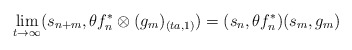
\begin{align*}\lim_{t \rightarrow \infty }(s_{n + m},\theta f_{n}^{\ast }\otimes (g_{m})_{(ta,1)}) =(s_{n},\theta f_{n}^{\ast })(s_{m},g_{m})\end{align*}